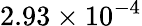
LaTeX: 2.93\times 10^{-4}